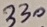
Text: 330